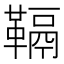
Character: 䩹